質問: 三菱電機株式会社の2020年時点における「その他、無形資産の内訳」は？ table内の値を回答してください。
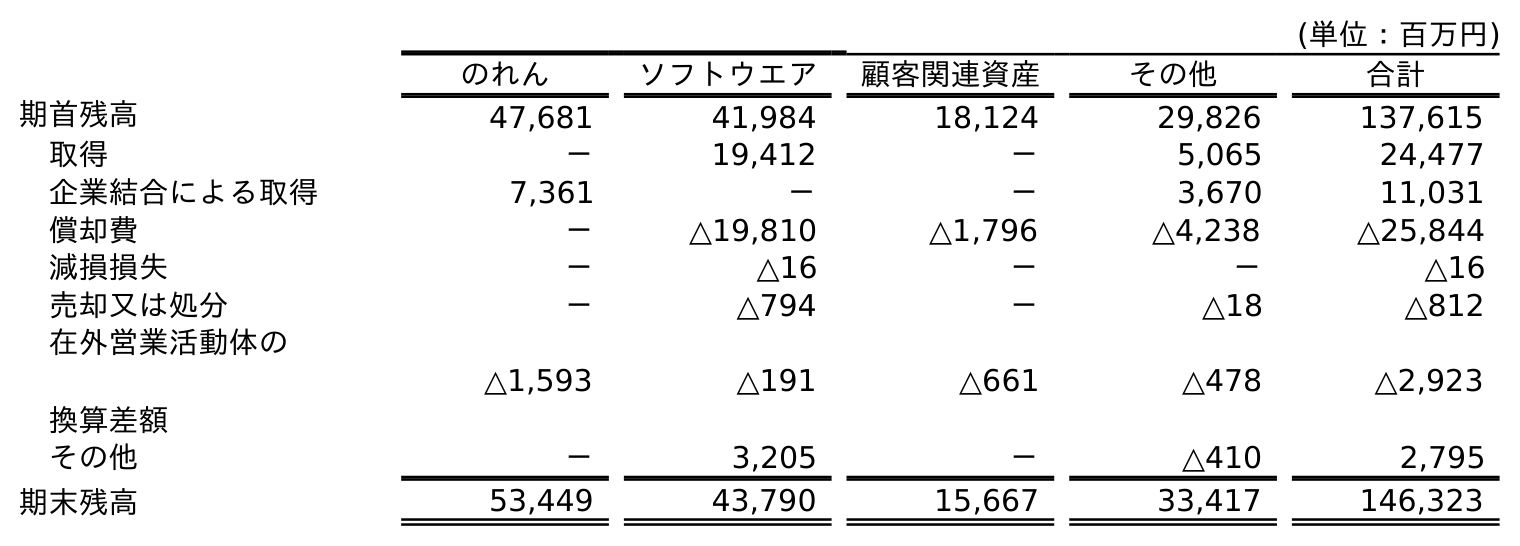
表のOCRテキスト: (単位：百万円) のれん ソフトウエア 顧客関連資産 その他 合計 期首残高 47,681 41,984 18,124 29,826 137,615 取得 － 19,412 － 5,065 24,477 企業結合による取得 7,361 － － 3,670 11,031 償却費 － △19,810 △1,796 △4,238 △25,844 減損損失 － △16 － － △16 売却又は処分 － △794 － △18 △812 在外営業活動体の 換算差額 △1,593 △191 △661 △478 △2,923 その他 － 3,205 － △410 2,795 期末残高 53,449 43,790 15,667 33,417 146,323
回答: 33,417